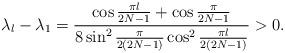
LaTeX: \begin{align*}\lambda_l-\lambda_1=\frac{\cos \frac{\pi l}{2N-1}+\cos \frac{\pi}{2N-1}}{8\sin^2{\frac{\pi}{2(2N-1)}}\cos^2{\frac{\pi l}{2(2N-1)}}}>0.\end{align*}